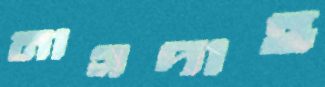
নাগদাহ